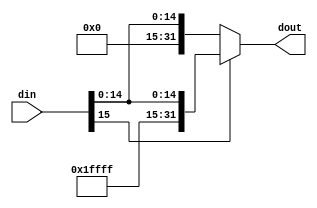
module signExtend(din, dout);
parameter N  = 32,
          I = 16;
input [I-1:0] din;
output [N-1:0] dout;

assign dout = din[I-1] ? {{(N-I){1'b1}}, din} : {{(N-I){1'b0}}, din};

endmodule